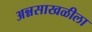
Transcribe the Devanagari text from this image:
अन्नसाखळीला